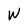
Character: w